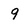
Character: 9